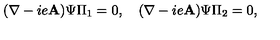
( \mathbf { \nabla } - i e \mathbf { A } ) \Psi \Pi _ { 1 } = 0 , \quad ( \mathbf { \nabla } - i e \mathbf { A } ) \Psi \Pi _ { 2 } = 0 ,